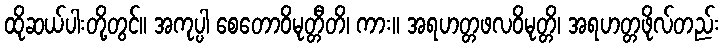
ထိုဆယ်ပါးတို့တွင်။ အကုပ္ပါ စေတောဝိမုတ္တီတိ၊ ကား။ အရဟတ္တဖလဝိမုတ္တိ၊ အရဟတ္တဖိုလ်တည်း